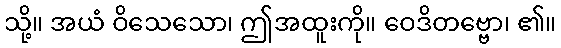
သို့။ အယံ ဝိသေသော၊ ဤအထူးကို။ ဝေဒိတဗ္ဗော၊ ၏။